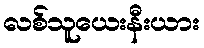
လစ်သူယေးနီးယား